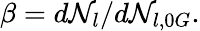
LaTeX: \beta=d\mathcal{N}_{l}/d\mathcal{N}_{l,0G}.